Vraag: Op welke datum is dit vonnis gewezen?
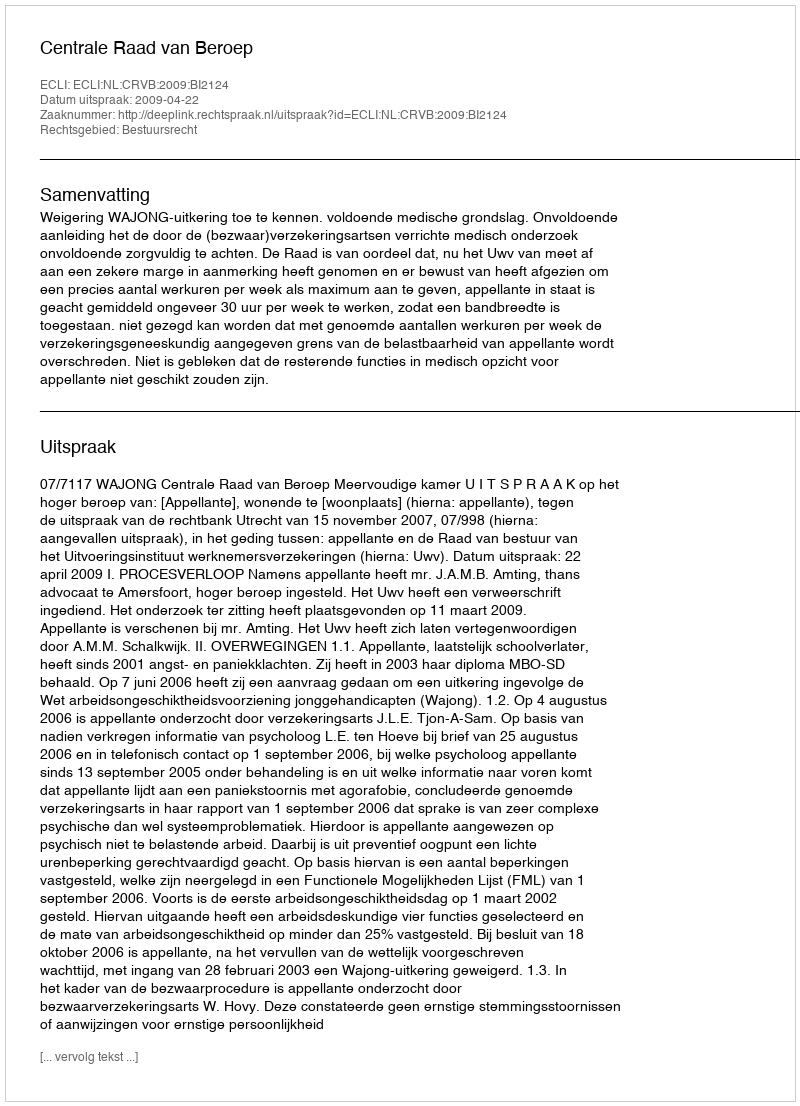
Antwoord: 2009-04-22